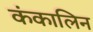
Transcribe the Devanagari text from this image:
कंकालिन